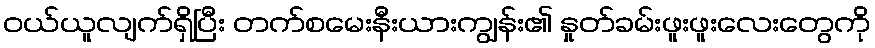
ဝယ်ယူလျက်ရှိပြီး တက်စမေးနီးယားကျွန်း၏ နှုတ်ခမ်းဖူးဖူးလေးတွေကို